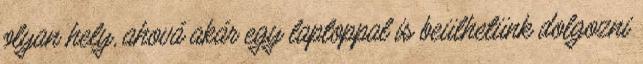
olyan hely, ahová akár egy laptoppal is beülhetünk dolgozni